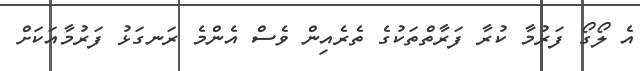
އެ ލޯގޯ ފަރުމާ ކުރާ ފަރާތްތަކުގެ ތެރެއިން ވެސް އެންމެ ރަނގަޅު ފަރުމާއަކަށް